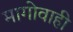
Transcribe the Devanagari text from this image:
मागोवाही